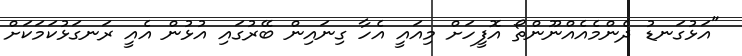
"އަޅުގަނޑު ދެންމެއެއްނޫންތޯ އޮފީހަށް މިއައީ އެހާ ގިނައިން ބޭރުގައި އުޅުން އެއީ ރަނގަޅުކަމަކަށް